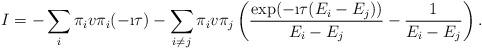
LaTeX: \begin{align*} I =- \sum_{i} \pi_i v \pi_i (-\i\tau) - \sum_{i \neq j} \pi_i v \pi_j \left( \frac{\exp(-\i\tau(E_i-E_j))}{E_i-E_j}-\frac{1}{E_i-E_j}\right).\end{align*}